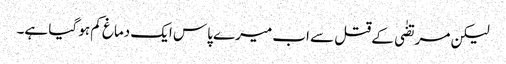
لیکن مرتضٰی کے قتل سے اب میرے پاس ایک دماغ کم ہو گیا ہے۔